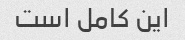
این کامل است